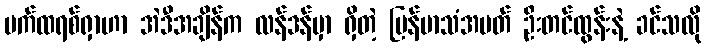
ပက်ထရစ်ရှာဟာ အဲဒီအချိန်က လန်ဒန်မှာ ရှိတဲ့ မြန်မာသံအမတ် ဦးတင်ထွန်းနဲ့ ခင်သလို